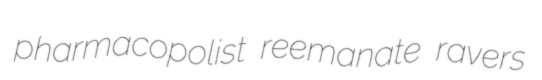
pharmacopolist reemanate ravers